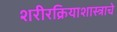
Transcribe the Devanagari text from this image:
शरीरक्रियाशास्त्राचे